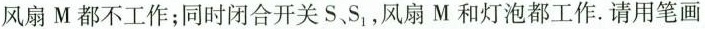
风扇M都不工作；同时闭合开关 S、S_{1}，风扇M和灯泡都工作.请用笔画